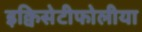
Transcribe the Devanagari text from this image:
इक्विसेटीफोलीया